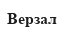
Верзал